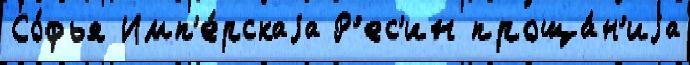
Со́фья Имп'е́рскаjа Р'ес'ин проща́н'иjа